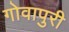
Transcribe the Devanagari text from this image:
गोवापुरी